Vital statistics of India. Vol. IV, Annual returns from 1871 to 1876. British Army of India, Native Army and jails of Bengal
Year: 1871
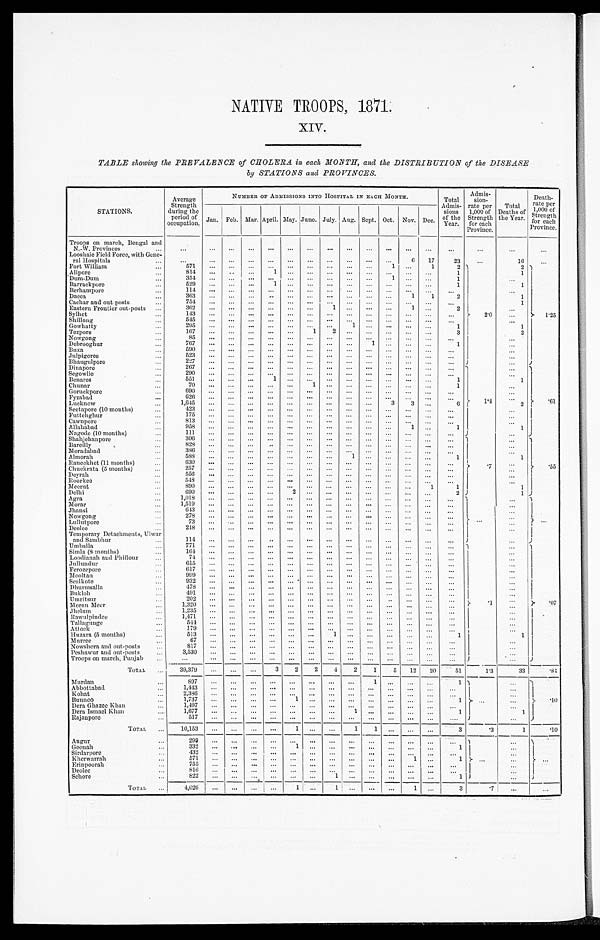
NATIVE TROOPS, 1871.
XIV.
TABLE showing the PREVALENCE of CHOLERA in each MONTH, and the DISTRIBUTION of the DISEASE
by STATIONS and PROVINCES.
STATIONS.
Average
Strength
during the
period of
occupation.
N U M B E R O F A D M I S S I O N S I N T O H O S P I T A L I N E A C H M O N T H .
Total
Admis- s i o n s
of the Year.
Admis-
s i o n -
rate per
1,000 of
Strength
for each
Province .
Total
Deaths of
the Year.
De a t h - r a t e p e r 1 , 0 0 0 o f S t r e n g t h f o r e a c h P r o v i n c e .
Jan. Feb. Mar. April. May. June. July. Aug. Sept. Oct. Nov. Dec.
Troops on march, Bengal and
N.-W. Provinces ...
. . . . . .
. . .
. . .
. . .
. . .
. . .
. . .
. . .
. . .
. . .
. . .
. . .
. . .
. . .
. . .
. . .
Looshaie Field Force, with Gene
ral Hospitals
...
. . . . . .
. . .
. . .
. . .
. . .
. . . ...
. . .
. . .
. . .
6
17
23
...
1 6
. . .
Fort William
. . .
571
...
...
...
...
...
...
...
... ...
1
. . .
1
2
2.0
2
1.25
Alipore
. . .
814
. . .
. .
. . .
1
. . .
. . . ...
. . . ...
. . .
. . . . . .
1
1
Dum-Dum
...
3 5 4
. . .
. . .
. . .
. . .
. . .
. . .
. . .
. . .
. . .
1
. . .
. . .
1
. . .
Barrackpore
. . .
529
. . .
. . .
. . .
1
. . .
. . . ...
. . .
...
. . .
. . .
. . .
1
1
Berhampore
...
114
. . .
. . .
. . .
. . .
. . .
. . .
. . .
. . .
. . .
. . .
. . .
. . .
. . .
. . .
Dacca
...
363
. . .
. . .
. . .
. . .
. . .
. . .
. . .
. . .
. . .
. . .
1
1
2
1
Cachar and out-posts
...
754
...
...
...
...
...
...
...
...
...
...
...
...
...
1
Eastern Frontier out-posts ...
362
...
...
...
...
...
...
1
. . . ...
...
1
. . .
2
...
Sylhet
...
143
. . .
. . .
. . .
. . .
. . .
. . .
. . .
. . .
. . .
. . .
. . .
. . .
. . .
...
Shillong
. . .
545
. . .
. . .
. . .
. . .
. . .
. . .
. . .
. . .
. . .
. . .
. . .
. . .
. . .
...
Gowhatty
...
295
. . .
. . .
. . .
. . .
. . .
. . .
. . .
1 ...
...
...
...
1
1
Tezpore
...
167
. . .
. . .
. . .
. . .
. . .
1
2
. . .
...
...
. . .
. . .
3
2
Nowgong
...
85 ...
. . .
. . .
. . .
. . .
. . .
. . .
. . .
. . .
. . .
. . .
. . .
. . .
. . .
Debrooghur
...
7 6 7
...
. . .
. . .
. . .
. . .
. . .
. . .
. . .
1
. . .
. . .
. . .
1
. . .
Buxa
...
590 ...
. . .
. . .
. . .
. . .
. . . ...
. . .
. . .
. . .
. . .
. . .
. . .
. . .
Julpigoree
...
523
. . .
. . .
. . .
. . .
. . .
. . .
. . .
. . .
. . .
. . .
. . .
. . .
. . .
...
Bhaugulpore
...
227
. . .
. . .
. . .
. . .
. . .
. . .
. . .
. . .
. . .
. . .
. . .
. . .
. . .
. . .
Dinapore
. . .
267 ...
. . .
. . .
. . .
. . .
. . .
. . .
. . .
. . .
. . .
. . .
. . .
. . .
1 . 4
. . .
.61
Segowlie
...
290
. . .
. . .
. . .
. . .
. . .
. . .
. . .
. . .
. . .
. . .
. . .
. . .
. . .
. . .
Benares
...
551
. . .
. . .
. . .
1
. . .
. . . ...
. . . ...
...
. . .
. . .
1
1
Chunar
...
7 0 ...
. . .
. . .
. . .
. . .
1 ...
. . . ...
...
. . .
. . .
1
. . .
Goruckpore
...
6 9 0
...
. . .
. . .
. . .
. . .
. . .
. . .
. . . ...
. . .
. . .
. . .
. . .
...
Fyzabad
...
626 ...
. . .
. . .
. . .
. . .
. . .
. . .
. . . ...
. . .
. . .
. . .
. . .
. . .
Lucknow
. . .
1 , 6 4 5
...
. . .
. . .
. . .
. . .
. . .
. . .
. . .
. . .
3
3
. . .
6
2
Seetapore (10 months)
...
4 2 3
...
. . .
. . .
. . .
. . .
. . . ...
. . . ...
. . .
. . .
. . .
. . .
...
Futtehghur
...
175 ...
. . .
. . .
. . .
. . .
. . .
. . .
. . .
. . .
. . .
. . .
. . .
. . .
. . .
Cawnpore
. . .
813 ...
. . .
. . .
. . .
. . .
. . .
. . .
. . .
. . .
. . .
. . .
. . .
. . .
. . .
Allahabad
. . .
958 ...
. . .
. . .
. . .
. . .
. . .
. . .
. . .
. . .
. . .
1
. . .
1
1
Nagode (10 months)
...
1 1 1
...
. . .
. . .
. . .
. . .
. . .
. . .
. . .
. . .
. . .
. . .
. . .
. . .
. . .
Shahjehanpore
...
3 0 6
...
. . .
. . .
. . .
. . .
. . .
. . .
. . .
. . .
. . .
. . .
. . .
. . .
.7
. . .
.55
Bareilly
...
828
. . .
. . .
. . .
..
. . .
. . .
. . .
. . .
. . .
. . .
. . .
. . .
. . .
. . .
Moradabad
. . .
3 8 6
...
. . .
. . .
. . .
. . .
. . .
. . .
. . .
. . .
. . .
. . .
. . .
. . .
. . .
Almorah
. . .
5 8 8
...
. . .
. . .
. . .
. . .
. . .
. . .
1
. . .
. . .
. . .
. . .
1
1
Raneekhet (11 months)
...
6 3 0
...
. . .
. . .
. . .
. . .
. . . ...
. . .
...
...
. . .
. . .
. . .
...
Chuckrata (5 months)
. . .
2 5 7
...
. . .
. . .
. . .
. . .
. . . ...
. . .
...
...
. . .
. . .
. . .
. . .
Deyrah
...
556
. . .
. . .
. . .
. . .
. . .
. . .
. . .
. . .
. . .
. . .
. . .
. . .
. . .
. . .
Roorkee
...
5 4 8
. . .
. . .
. . .
. . .
. . .
. . .
. . .
. . .
. . .
. . .
. . .
. . .
. . .
. . .
Meerut
...
890 ...
. . .
. . .
. . .
. . .
. . . ...
. . . ...
...
. . .
1
1
1
Delhi
. . .
6 9 0
...
. . .
. . .
. . .
2
. . . ...
. . . ...
...
. . .
. . .
2
1
Agra
...
1,018
. . .
. . .
. . .
. . .
. . .
. . .
. . .
. . .
. . . ...
. . .
. . .
. . .
. . .
...
...
Morar
...
1 , 5 1 9 . . .
. . .
. . .
. . .
. . .
. . .
. . .
. . .
. . .
. . .
. . .
. . .
. . .
. . .
Jhansi
. . .
643...
. . .
. . .
. . .
. . .
. . . ...
. . .
. . .
. . .
. . .
. . .
. . .
. . .
Nowgong
. . .
278 ...
. . .
. . .
. . .
. . .
. . . ...
. . . ...
...
. . .
. . .
. . .
. . .
Lullutpore
...
7 3
...
. . .
. . .
. . .
. . .
. . . ...
. . . ...
...
. . .
. . .
. . .
. . .
Deolee
...
218 ...
. . .
. . .
. . .
. . .
. . . ...
. . . ...
...
. . .
. . .
. . .
. . .
Temporary Detachments, Ulwar
and Sambhur
...
1 1 4
...
. . .
. . .
. .
. . .
. . .
. . .
. . .
. . .
. . .
. . .
. . .
. . .
. . .
Umballa
. . .
771 ...
. . .
. . .
. . .
. . .
. . .
. . .
. . .
. . .
. . .
. . .
. . .
. . .
. 1
. . .
.07
Simla (8 months)
...
1 6 4
. . .
. . .
. . .
. . .
. . .
. . .
. . .
. . .
. . .
. . .
. . .
. . .
. . .
. . .
Loodianah and Phillour
...
7 4
...
. . .
. . .
. . .
. . .
. . .
. . .
. . .
. . .
. . .
. . .
. . .
. . .
. . .
Jullundur
...
6 1 5
...
. . .
. . .
. . .
. . .
. . . ...
. . . ...
. . .
. . .
. . .
. . .
. . .
Ferozepore
...
617 ...
. . .
. . .
. . .
. . .
. . . ...
. . . ...
...
. . .
. . .
. . .
. . .
Mooltan
. . .
999
. . .
. . .
. . .
. . .
. . .
. . .
. . .
. . .
. . .
. . .
. . .
. . .
. . .
. . .
Scalkote
...
932
. . .
. . .
. . .
. . .
. . .
. . . ...
. . . ...
...
. . .
. . .
. . .
. . .
Dhurmsalla
...
478
. . .
. . .
. . .
. . .
. . .
. . . ...
. . . ...
...
. . .
. . .
. . .
. . .
Bukloh
...
4 9 1
. . .
. . .
. . .
. . .
. . .
. . . ...
. . . ...
...
. . .
. . .
. . .
. . .
Umritsur
. . .
2 0 2
. . .
. . .
. . .
. . .
. . .
. . . ...
. . .
. . .
..
. . .
. . .
. . .
. . .
Meean Meer
...
1 , 3 2 0
. . .
. . .
. . .
. . .
. . .
. . .
. . .
. . .
. . .
. . .
. . .
. . .
. . .
. . .
Jhelum
...
1,235
. . .
. . .
. . .
. . .
. . .
. . .
. . .
. . .
. . .
. . .
. . .
. . .
. . .
. . .
Rawulpindee
. . .
1 , 4 7 1
. . .
. . .
. . .
. . .
. . .
. . . ...
. . . ...
. . .
. . .
. . .
. . .
. . .
Tallagunge
...
5 4 4
. . .
. . .
. . .
. . .
. . .
. . . ...
. . . ...
. . .
. . .
. . .
. . .
. . .
Attock
. . .
179
. . .
. . .
. . .
. . .
. . .
. . .
. . .
. . .
. . .
. . .
. . .
. . .
. . .
. . .
Huzara (5 months)
...
513
. . .
. . .
. . .
. . .
. . .
. . . 1
. . . ...
. . .
. . .
. . .
1
1
Murree
...
67
. . .
. . .
. . .
. . .
. . .
. . .
...
. . . ...
...
. . .
. . .
. . .
. . .
Nowshera and out-posts
. . .
8 1 7
. . .
. . .
. . .
. . .
. . .
. . .
...
. . . ...
...
. . .
. . .
. . .
. . .
Peshawar and out-posts
...
3 , 5 3 0
. . .
. . .
. . .
. . .
. . .
. . .
...
. . . ...
...
. . .
. . .
. . .
. . .
Troops on march, Punjab
...
. . . . . .
. . .
. . .
. . .
. . .
. . .
. . .
. . .
. . .
. . .
. . .
. . .
. . .
. . .
TOTAL
. . .
39,379
. . .
. . . ...
3
2
2
4
2
1
5
12
20
51
1 . 3
33
. 8 4
Murdan
...
8 9 7
. . .
. . .
. . .
. . .
. . .
. . .
. . .
. . .
1 ...
. . . ...
1
. . .
. . .
.10
Abbottabad
... 897
. . .
. . .
. . .
. . .
. . .
. . .
. . .
. . .
1
. . . ...
...
1
. . .
Kohat
...
2,386
. . .
. . .
. . .
. . .
. . .
. . .
. . .
. . .
. . .
. . .
. . .
. . .
. . .
. . .
Bunnoo
...
1,737
. . .
. . .
. . .
. . .
1
. . .
. . .
. . .
. . .
. . .
. . .
. . .
1
. . .
Dera Ghazee Khan
...
1,497
. . .
. . .
. . .
. . .
. . .
. . .
. . .
. . .
. . .
. . .
. . .
. . .
. . .
. . .
Dera Ismael Khan
...
1,677
. . .
. . .
. . .
. . .
. . .
. . .
. . .
1 ...
...
...
. . .
1
1
Rajanpore
. . .
5 1 7
. . .
. . .
. . .
. . .
. . .
. . .
. . .
. . .
. . .
. . .
. . .
. . .
. . . .
. . .
T O T A L
. . .
10,153
. . .
. . .
. . .
. . .
1
. . . ...
1
1
. . .
. . .
. . .
3
. 3
1
.10
Augur
. . .
299
. . .
. . .
. . .
. . .
. . .
. . .
. . .
. . .
. . .
. . .
. . .
. . .
. . .
. . .
. . .
. . .
Goonah
. . .
332
. . .
. . .
. . .
. . .
1
. . .
. . .
. . .
. . .
. . .
. . .
. . .
1
. . .
Sirdarpore
. . .
432
. . .
. . .
. . .
. . .
. . .
. . .
. . .
. . .
. . .
. . .
. . .
. . .
. . .
. . .
Kherwarrah
...
571
. . .
. . .
. . .
. . .
. . .
. . .
. . .
. . .
. . .
. . .
1 ...
1
...
Erinpoorah
...
755
. . .
. . .
. . .
. . .
. . .
. . .
. . .
. . .
. . .
. . .
. . .
. . .
. . .
. . .
Deolee
. . .
816
. . .
. . .
. . .
. . .
. . .
. . .
. . .
. . .
. . .
. . .
. . .
. . .
. . .
. . .
Sehore
...
822
. . .
. . .
. . .
. . .
. . .
. . .
1
. . .
. . .
. . .
. . .
. . .
1
...
T O T A L ...
4 , 0 2 6.
. .
. . .
. . .
. . .
1 ...
1
. . .
. . .
. . .
1
. . .
3
. 7
. . .
. . .